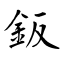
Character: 鈑